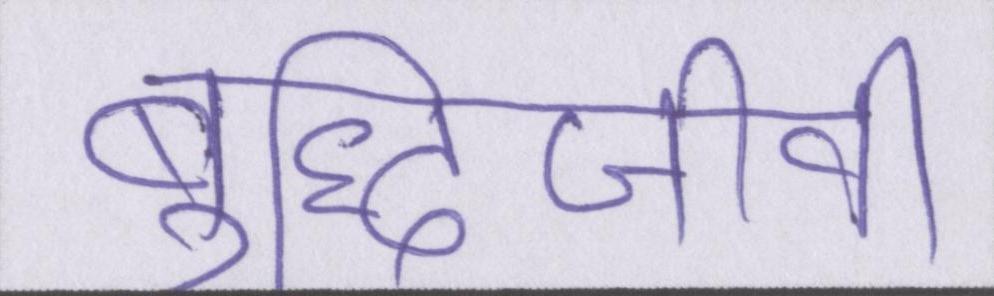
बुद्धिजीवी